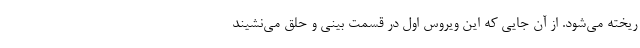
ریخته می‌شود. از آن جایی که این ویروس اول در قسمت بینی و حلق می‌نشیند